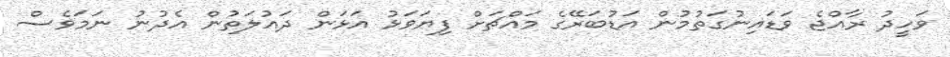
ވަހީދު ރާއްޖެ ވަޑައިނުގަތުމުން އަޑުބަރޭގެ މައްޗަށް ފިޔަވަޅު އަޅަން ދައުލަތުން އެދުނު ނަމަވެސް